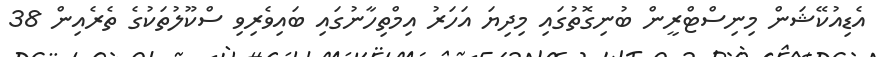
އެޑިއުކޭޝަން މިނިސްޓްރީން ބުނިގޮތުގައި މިދިޔަ އަހަރު އިމްތިހާނުގައި ބައިވެރިވި ސްކޫލުތަކުގެ ތެރެއިން 38